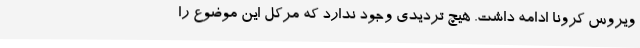
ویروس کرونا ادامه داشت. هیچ تردیدی وجود ندارد که مرکل این موضوع را